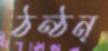
ঠন্‌ঠন্‌